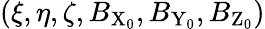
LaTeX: (\xi,\eta,\zeta,B_{\mathrm{X}_{0}},B_{\mathrm{Y}_{0}},B_{\mathrm{Z}_{0}})